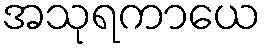
အသုရကာယေ